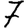
Digit: 7